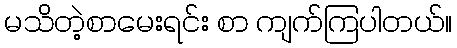
မသိတဲ့စာမေးရင်း စာ ကျက်ကြပါတယ်။